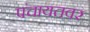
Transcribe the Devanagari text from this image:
पंचायतवर